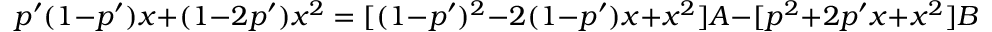
p ^ { \prime } ( 1 - p ^ { \prime } ) x + ( 1 - 2 p ^ { \prime } ) x ^ { 2 } = [ ( 1 - p ^ { \prime } ) ^ { 2 } - 2 ( 1 - p ^ { \prime } ) x + x ^ { 2 } ] A - [ p ^ { 2 } + 2 p ^ { \prime } x + x ^ { 2 } ] B